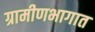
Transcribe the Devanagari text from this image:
ग्रामीणभागात